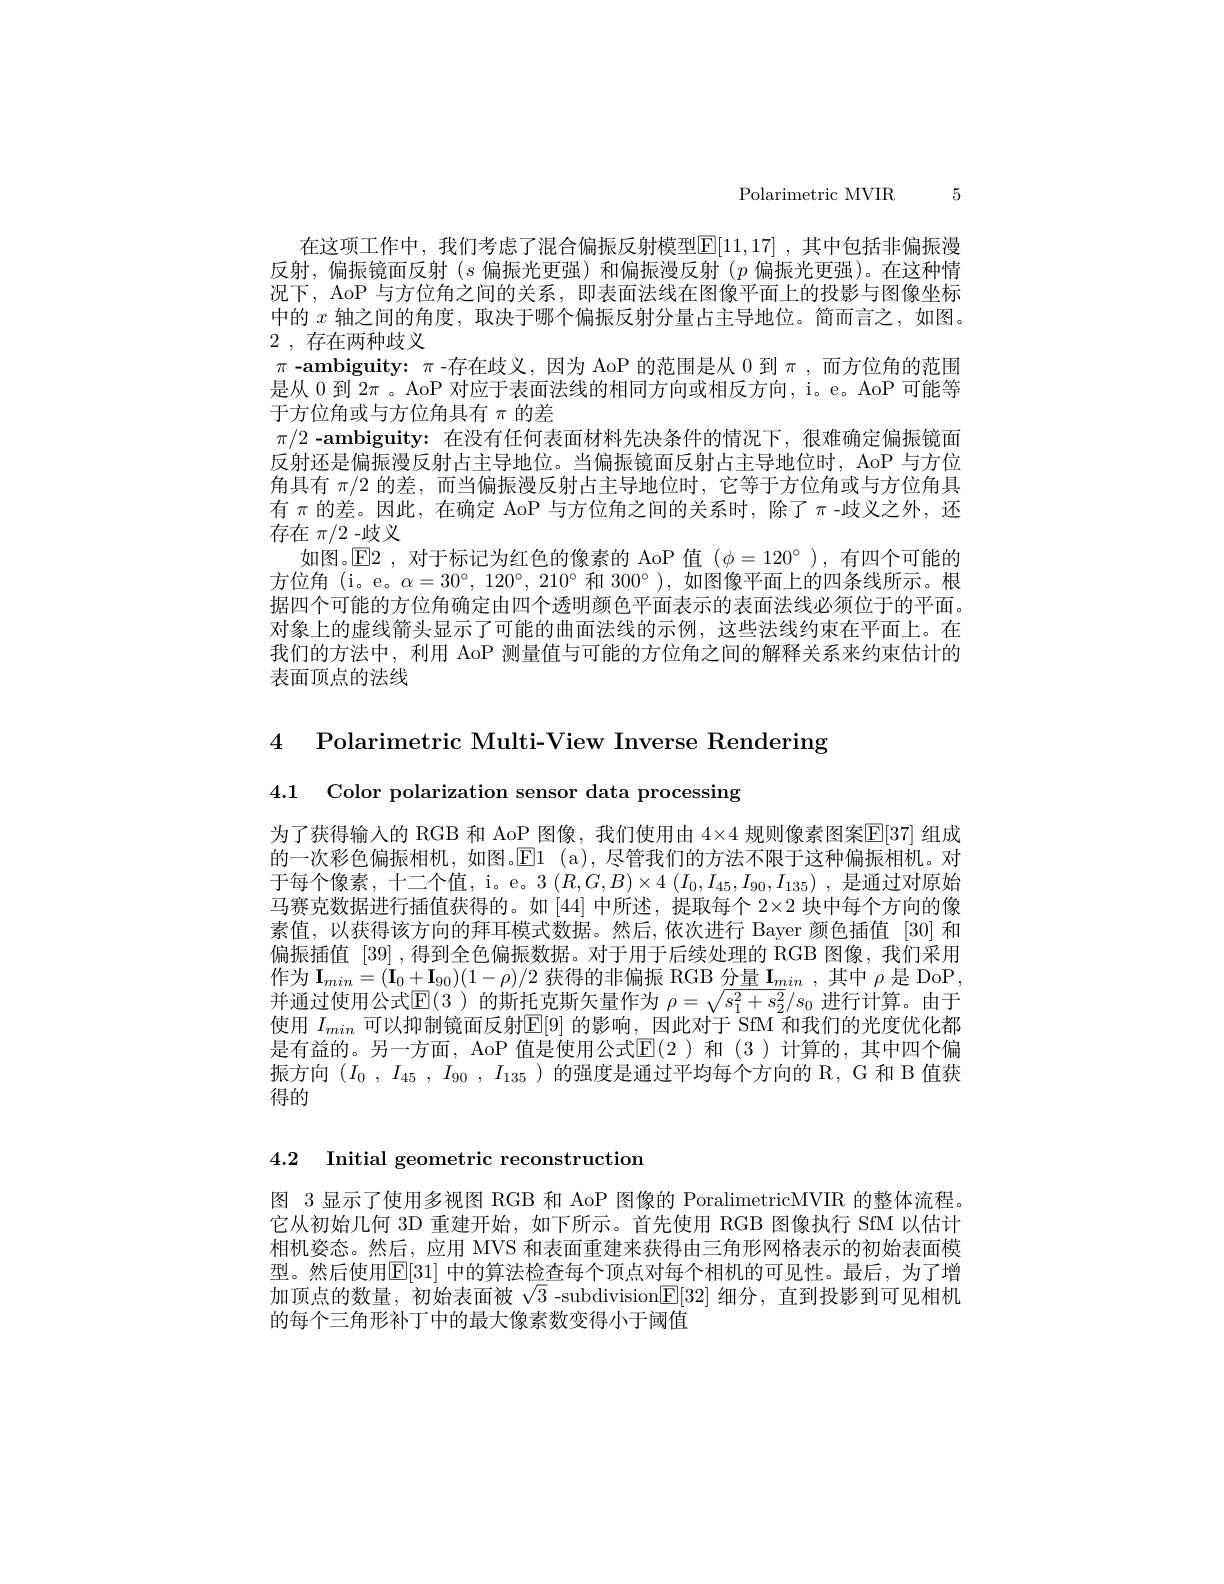
Polarimetric MVIR

在这项工作中，我们考虑了混合偏振反射模型$\mathbb{E}[11,17]$ ,其中包括非偏振漫反射，偏振镜面反射$(s$偏振光更强)和偏振漫反射$(p$偏振光更强)。在这种情况下，AoP 与方位角之间的关系，即表面法线在图像平面上的投影与图像坐标中的$x$轴之间的角度，取决于哪个偏振反射分量占主导地位。简而言之，如图。2 , 存在两种歧义
$\pi$ -ambiguity: $\pi$ -存在歧义，因为 AoP 的范围是从 0 到$\pi$,而方位角的范围是从0到$2\pi$ 。AoP 对应于表面法线的相同方向或相反方向，i。e。AoP 可能等于方位角或与方位角具有$\pi$的差
$\pi/2$ -ambiguity: 在没有任何表面材料先决条件的情况下，很难确定偏振镜面反射还是偏振漫反射占主导地位。当偏振镜面反射占主导地位时，AoP 与方位角具有$\pi/2$的差，而当偏振漫反射占主导地位时，它等于方位角或与方位角具有$\pi$的差。因此，在确定 AoP 与方位角之间的关系时，除了$\pi$ -歧义之外，还存在$\pi/2$ -歧义
如图。$\operatorname{E}$2,对于标记为红色的像素的 AoP 值$(\phi=120^{\circ})$,有四个可能的方位角 (i。e。$\alpha=30^{\circ},120^{\circ}$, 210°和$300^{\circ})$,如图像平面上的四条线所示。根据四个可能的方位角确定由四个透明颜色平面表示的表面法线必须位于的平面。对象上的虚线箭头显示了可能的曲面法线的示例，这些法线约束在平面上。在我们的方法中，利用 AoP 测量值与可能的方位角之间的解释关系来约束估计的表面顶点的法线

4 Polarimetric Multi-View Inverse Rendering

4.1 Color polarization sensor data processing

为了获得输入的 RGB 和 AoP 图像，我们使用由$4\times4$规则像素图案$\mathbb{E}[37]$组成的一次彩色偏振相机，如图。E1 (a),尽管我们的方法不限于这种偏振相机。对于每个像素，十二个值，i。e。3 $(R,G,B)\times4$ $(I_0,I_{45},I_{90},I_{135})$ ,是通过对原始马赛克数据进行插值获得的。如[44]中所述，提取每个 2×2 块中每个方向的像素值，以获得该方向的拜耳模式数据。然后，依次进行 Bayer 颜色插值[30]和偏振插值 [39] ,得到全色偏振数据。对于用于后续处理的 RGB 图像，我们采用作为$\mathbf{I}_min=(\mathbf{I}_0+\mathbf{I}_{90})(1-\rho)/2$获得的非偏振 RGB 分量$\mathbf{I}_min$,其中$\rho$是 DoP , 并通过使用公式$\mathbb{E}(3$ )的斯托克斯矢量作为 $\rho=\sqrt s_1^2+s_2^2/s_0$ 进行计算。由于使用$I_{min}$可以抑制镜面反射$\mathbb{E}[9]$的影响，因此对于 SfM 和我们的光度优化都是有益的。另一方面，AoP 值是使用公式$\mathbb{E}(2)$ 和 (3)计算的，其中四个偏振方向$( I_0$ , $I_{45}$ , $I_{90}$ , $I_{135}$ )的强度是通过平均每个方向的 R, G 和 B 值获得的

4.2 Initial geometric reconstruction

图 3 显示了使用多视图 RGB 和 AoP 图像的 PoralimetricMVIR 的整体流程。它从初始几何 3D 重建开始，如下所示。首先使用 RGB 图像执行 SfM 以估计相机姿态。然后，应用 MVS 和表面重建来获得由三角形网格表示的初始表面模型。然后使用$\mathbb{E}[31]$ 中的算法检查每个顶点对每个相机的可见性。最后，为了增加顶点的数量，初始表面被$\sqrt{3}$ -subdivision$\boxed{\mathbb{E}}[32]$细分，直到投影到可见相机的每个三角形补丁中的最大像素数变得小于阈值